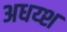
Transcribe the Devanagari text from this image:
अधय्श